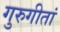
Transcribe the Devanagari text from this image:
गुरुगीतां